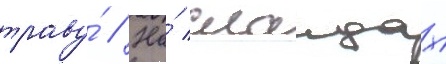
траву́ // На́ слаидах